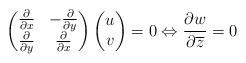
LaTeX: \begin{align*} \left( \begin{matrix} \frac{\partial }{\partial x} & -\frac{\partial }{\partial y} \\ \frac{\partial }{\partial y} & \frac{\partial }{\partial x} \\\end{matrix} \right)\left( \begin{matrix} u \\ v \\\end{matrix} \right)=0\Leftrightarrow \frac{\partial w}{\partial \overline{z}}=0\end{align*}